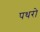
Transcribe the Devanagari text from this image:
पथरो